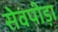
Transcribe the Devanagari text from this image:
सेवपीड़ा